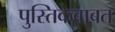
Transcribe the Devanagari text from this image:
पुस्तिकेबाबत